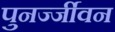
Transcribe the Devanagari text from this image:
पुनर्ज्जीवन